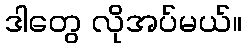
ဒါတွေ လိုအပ်မယ်။